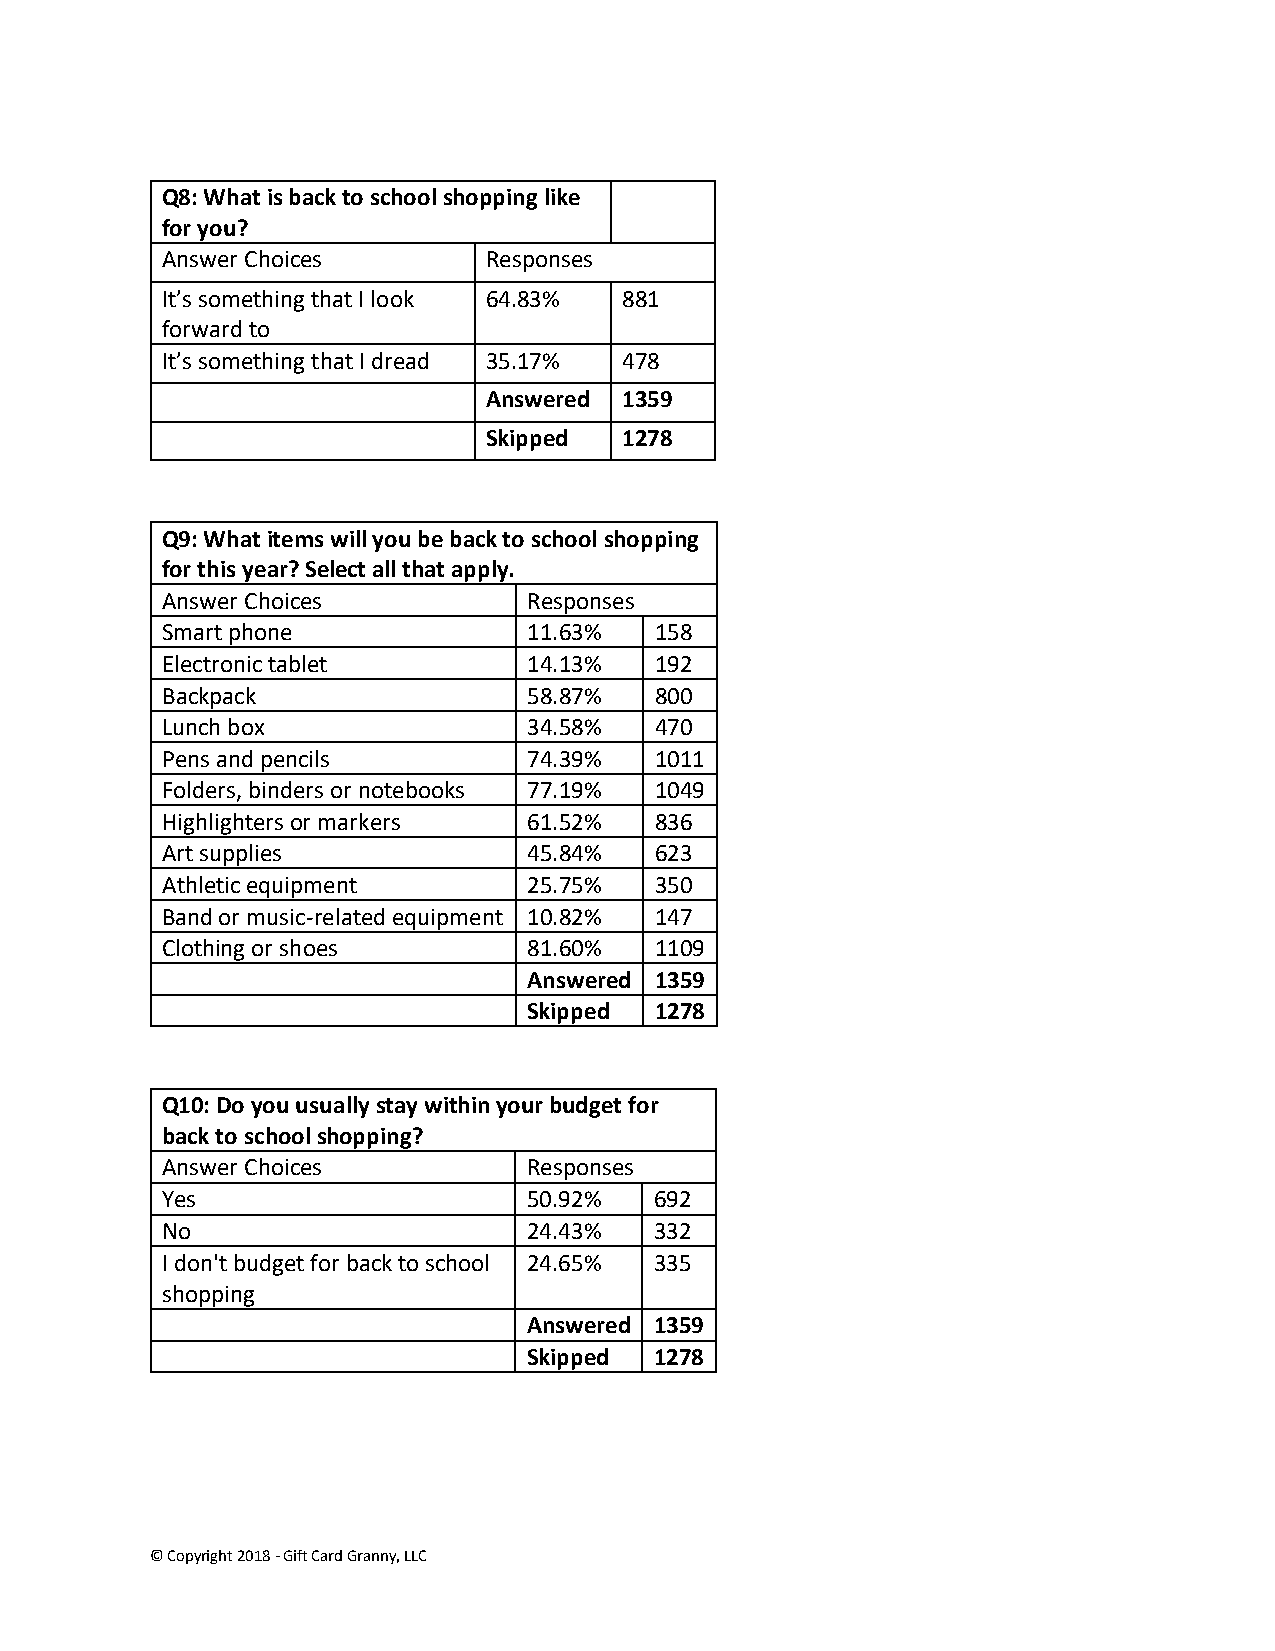
Q8: What is back to school shopping like
 for you?
 Answer Choices       Responses
 It’s something that I look 64.83% 881
 forward to
 It’s something that I dread 35.17% 478
 Answered 1359
 Skipped  1278
 Q9: What items will you be back to school shopping
 for this year? Select all that apply.
 Answer Choices          Responses
 Smart phone             11.63%  158
 Electronic tablet       14.13%  192
 Backpack                58.87%  800
 Lunch box               34.58%  470
 Pens and pencils        74.39%  1011
 Folders, binders or notebooks 77.19% 1049
 Highlighters or markers 61.52%  836
 Art supplies            45.84%  623
 Athletic equipment      25.75%  350
 Band or music-related equipment 10.82% 147
 Clothing or shoes       81.60%  1109
 Answered 1359
 Skipped 1278
 Q10: Do you usually stay within your budget for
 back to school shopping?
 Answer Choices          Responses
 Yes                     50.92%  692
 No                      24.43%  332
 I don't budget for back to school 24.65% 335
 shopping
 Answered 1359
 Skipped 1278
 © Copyright 2018 - Gift Card Granny, LLC